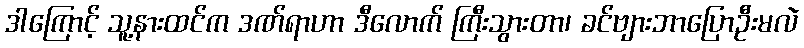
ဒါကြောင့် သူ့နားထင်က ဒဏ်ရာဟာ ဒီလောက် ကြီးသွားတာ၊ ခင်ဗျားဘာပြောဦးမလဲ